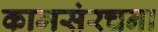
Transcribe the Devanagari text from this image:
कामसंरचना